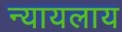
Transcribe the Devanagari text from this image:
न्यायलाय